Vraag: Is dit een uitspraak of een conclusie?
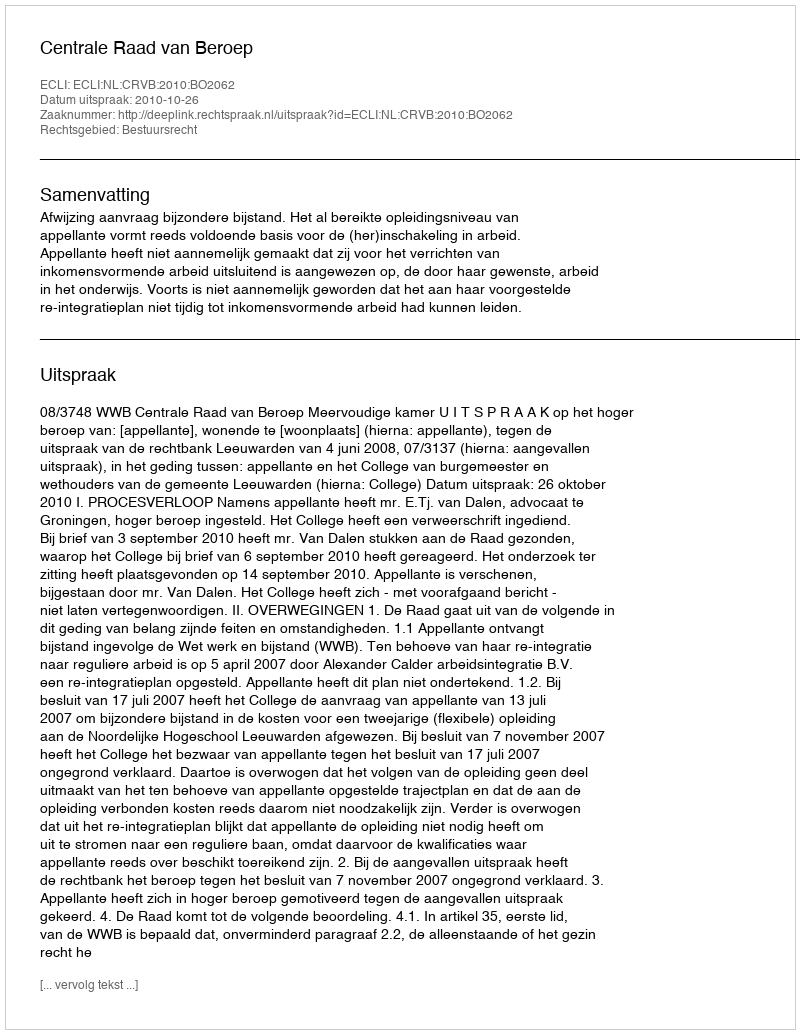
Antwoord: Uitspraak